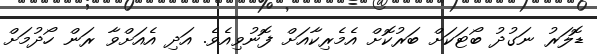
ޑޮލަރު ނަގުދު ބޯޓަކަށް ބަރުކޮށް އެމެރިކާއަށް ފޮނުވިއެވެ. އަދި އެއަށްވާ ރަން ހޯދުމަށް